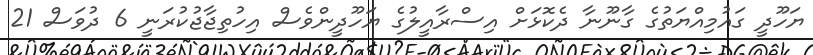
ޔަހޫދީ ގައުމިއްޔަތުގެ ގާނޫނާ ދެކޮޅަށް އިސްރާއީލުގެ ޔަހޫދީންވެސް އިހުތިޖާޖުކުރަނީ 6 ދުވަސް 21